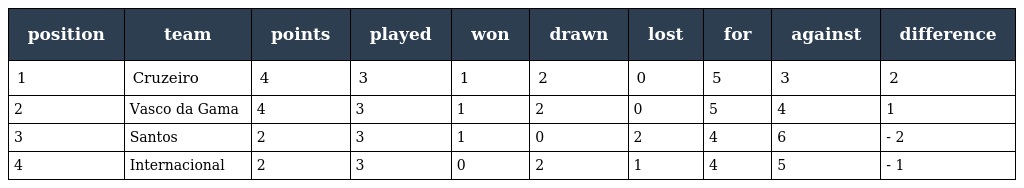
| position | team | points | played | won | drawn | lost | for | against | difference |
 | --- | --- | --- | --- | --- | --- | --- | --- | --- | --- |
 | 1 | Cruzeiro | 4 | 3 | 1 | 2 | 0 | 5 | 3 | 2 |
 | 2 | Vasco da Gama | 4 | 3 | 1 | 2 | 0 | 5 | 4 | 1 |
 | 3 | Santos | 2 | 3 | 1 | 0 | 2 | 4 | 6 | - 2 |
 | 4 | Internacional | 2 | 3 | 0 | 2 | 1 | 4 | 5 | - 1 |